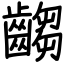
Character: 齺